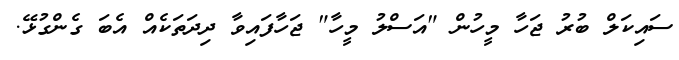
ސައިކަލް ބުރު ޖަހާ މީހުން "އަސްލު މީހާ" ޖަހާފައިވާ ދިދަތަކެއް އެބަ ގެންގުޅޭ.